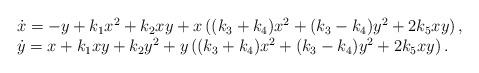
LaTeX: \begin{align*}\begin{array}{l} \dot{x} = -y+k_1 x^2+k_2 x y+ x \left((k_3+k_4)x^2+(k_3-k_4)y^2+2 k_5xy \right),\\\dot{y} = x+k_1 xy+k_2 y^2+ y \left((k_3+k_4)x^2+(k_3-k_4)y^2+2 k_5xy \right).\end{array}\end{align*}